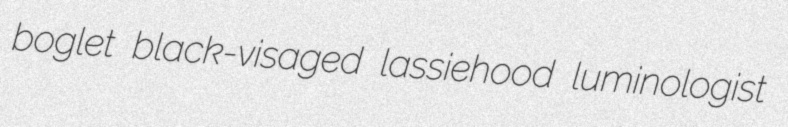
boglet black-visaged lassiehood luminologist